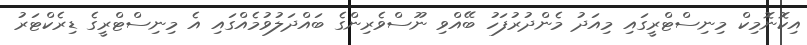
އިކޮނޮމިކް މިނިސްޓްރީގައި މިއަދު މެންދުރުފަހު ބޭއްވި ނޫސްވެރިންގެ ބައްދަލުވުމެއްގައި އެ މިނިސްޓްރީގެ ޑިރެކްޓަރު